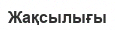
Жақсылығы